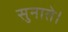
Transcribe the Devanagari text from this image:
सुनाते।